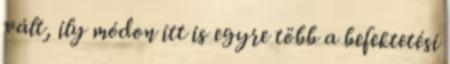
vált, ily módon itt is egyre több a befektetési